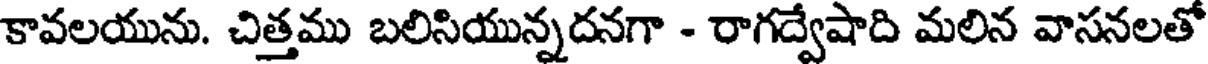
కావలయును. చిత్తము బలిసియున్నదనగా - రాగద్వేషాది మలిన వాసనలతో